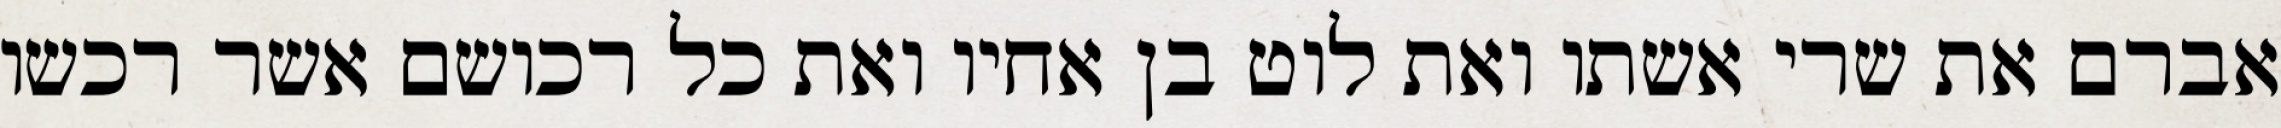
אברם את שרי אשתו ואת לוט בן אחיו ואת כל רכושם אשר רכשו